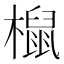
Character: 𣜌